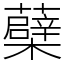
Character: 蘗